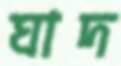
ঘাদ